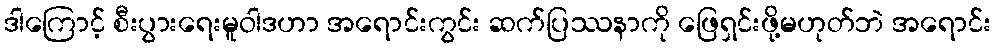
ဒါကြောင့် စီးပွားရေးမူဝါဒဟာ အရောင်းကွင်း ဆက်ပြဿနာကို ဖြေရှင်းဖို့မဟုတ်ဘဲ အရောင်း